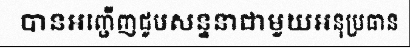
បានអញ្ជើញជួបសន្ទនាជាមួយអនុប្រធាន